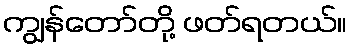
ကျွန်တော်တို့ ဖတ်ရတယ်။